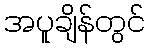
အပူချိန်တွင်